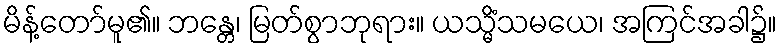
မိန့်တော်မူ၏။ ဘန္တေ၊ မြတ်စွာဘုရား။ ယသ္မိံသမယေ၊ အကြင်အခါ၌။